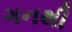
ગનથી